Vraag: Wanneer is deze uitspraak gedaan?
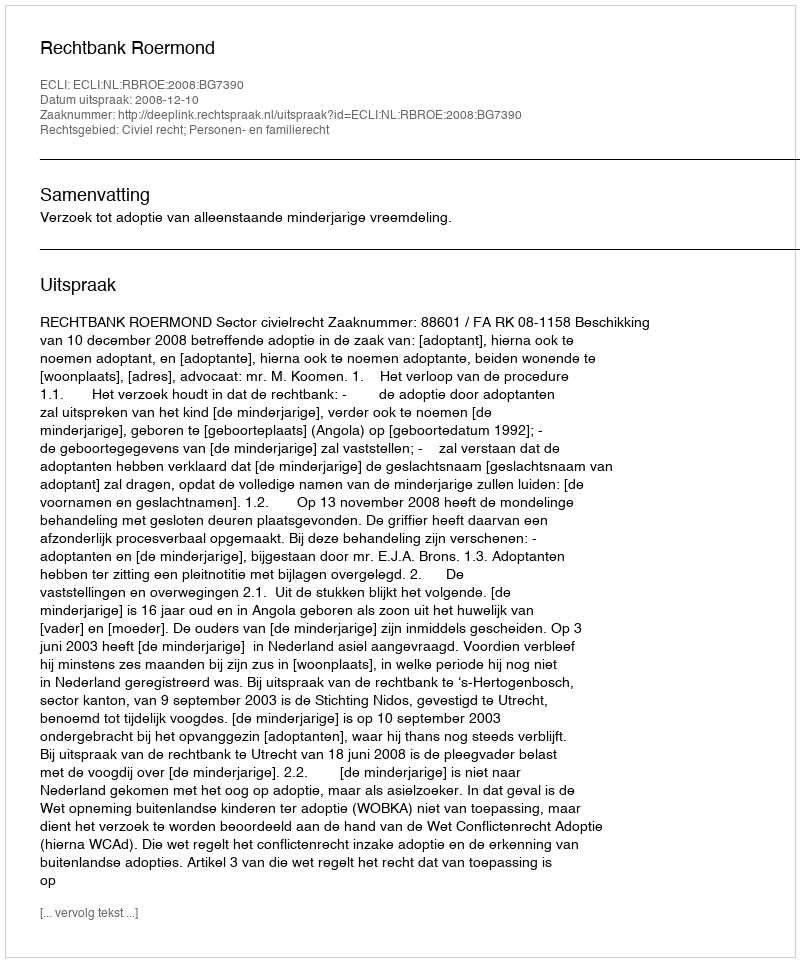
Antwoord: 2008-12-10